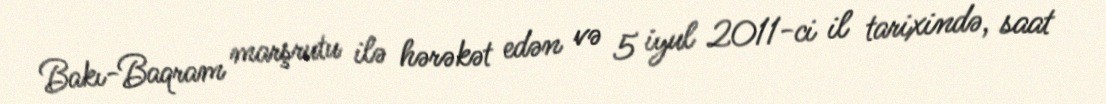
Bakı-Baqram marşrutu ilə hərəkət edən və 5 iyul 2011-ci il tarixində, saat